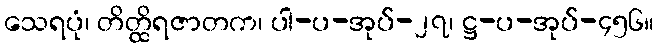
သေရပုံ၊ တိတ္ထိရဇာတက၊ ပါ-ပ-အုပ်-၂၇၊ ဋ္ဌ-ပ-အုပ်-၄၅၆။